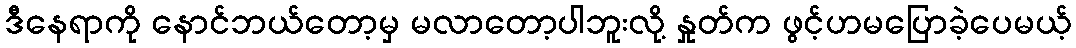
ဒီနေရာကို နောင်ဘယ်တော့မှ မလာတော့ပါဘူးလို့ နှုတ်က ဖွင့်ဟမပြောခဲ့ပေမယ့်